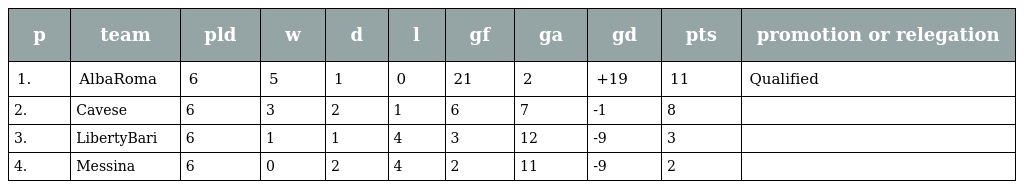
| p | team | pld | w | d | l | gf | ga | gd | pts | promotion or relegation |
 | --- | --- | --- | --- | --- | --- | --- | --- | --- | --- | --- |
 | 1. | AlbaRoma | 6 | 5 | 1 | 0 | 21 | 2 | +19 | 11 | Qualified |
 | 2. | Cavese | 6 | 3 | 2 | 1 | 6 | 7 | -1 | 8 |  |
 | 3. | LibertyBari | 6 | 1 | 1 | 4 | 3 | 12 | -9 | 3 |  |
 | 4. | Messina | 6 | 0 | 2 | 4 | 2 | 11 | -9 | 2 |  |